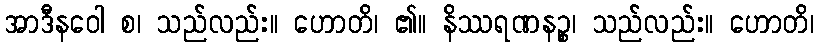
အာဒီနဝေါ စ၊ သည်လည်း။ ဟောတိ၊ ၏။ နိဿရဏနဉ္စ၊ သည်လည်း။ ဟောတိ၊